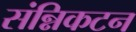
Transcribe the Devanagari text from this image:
संन्निकटन